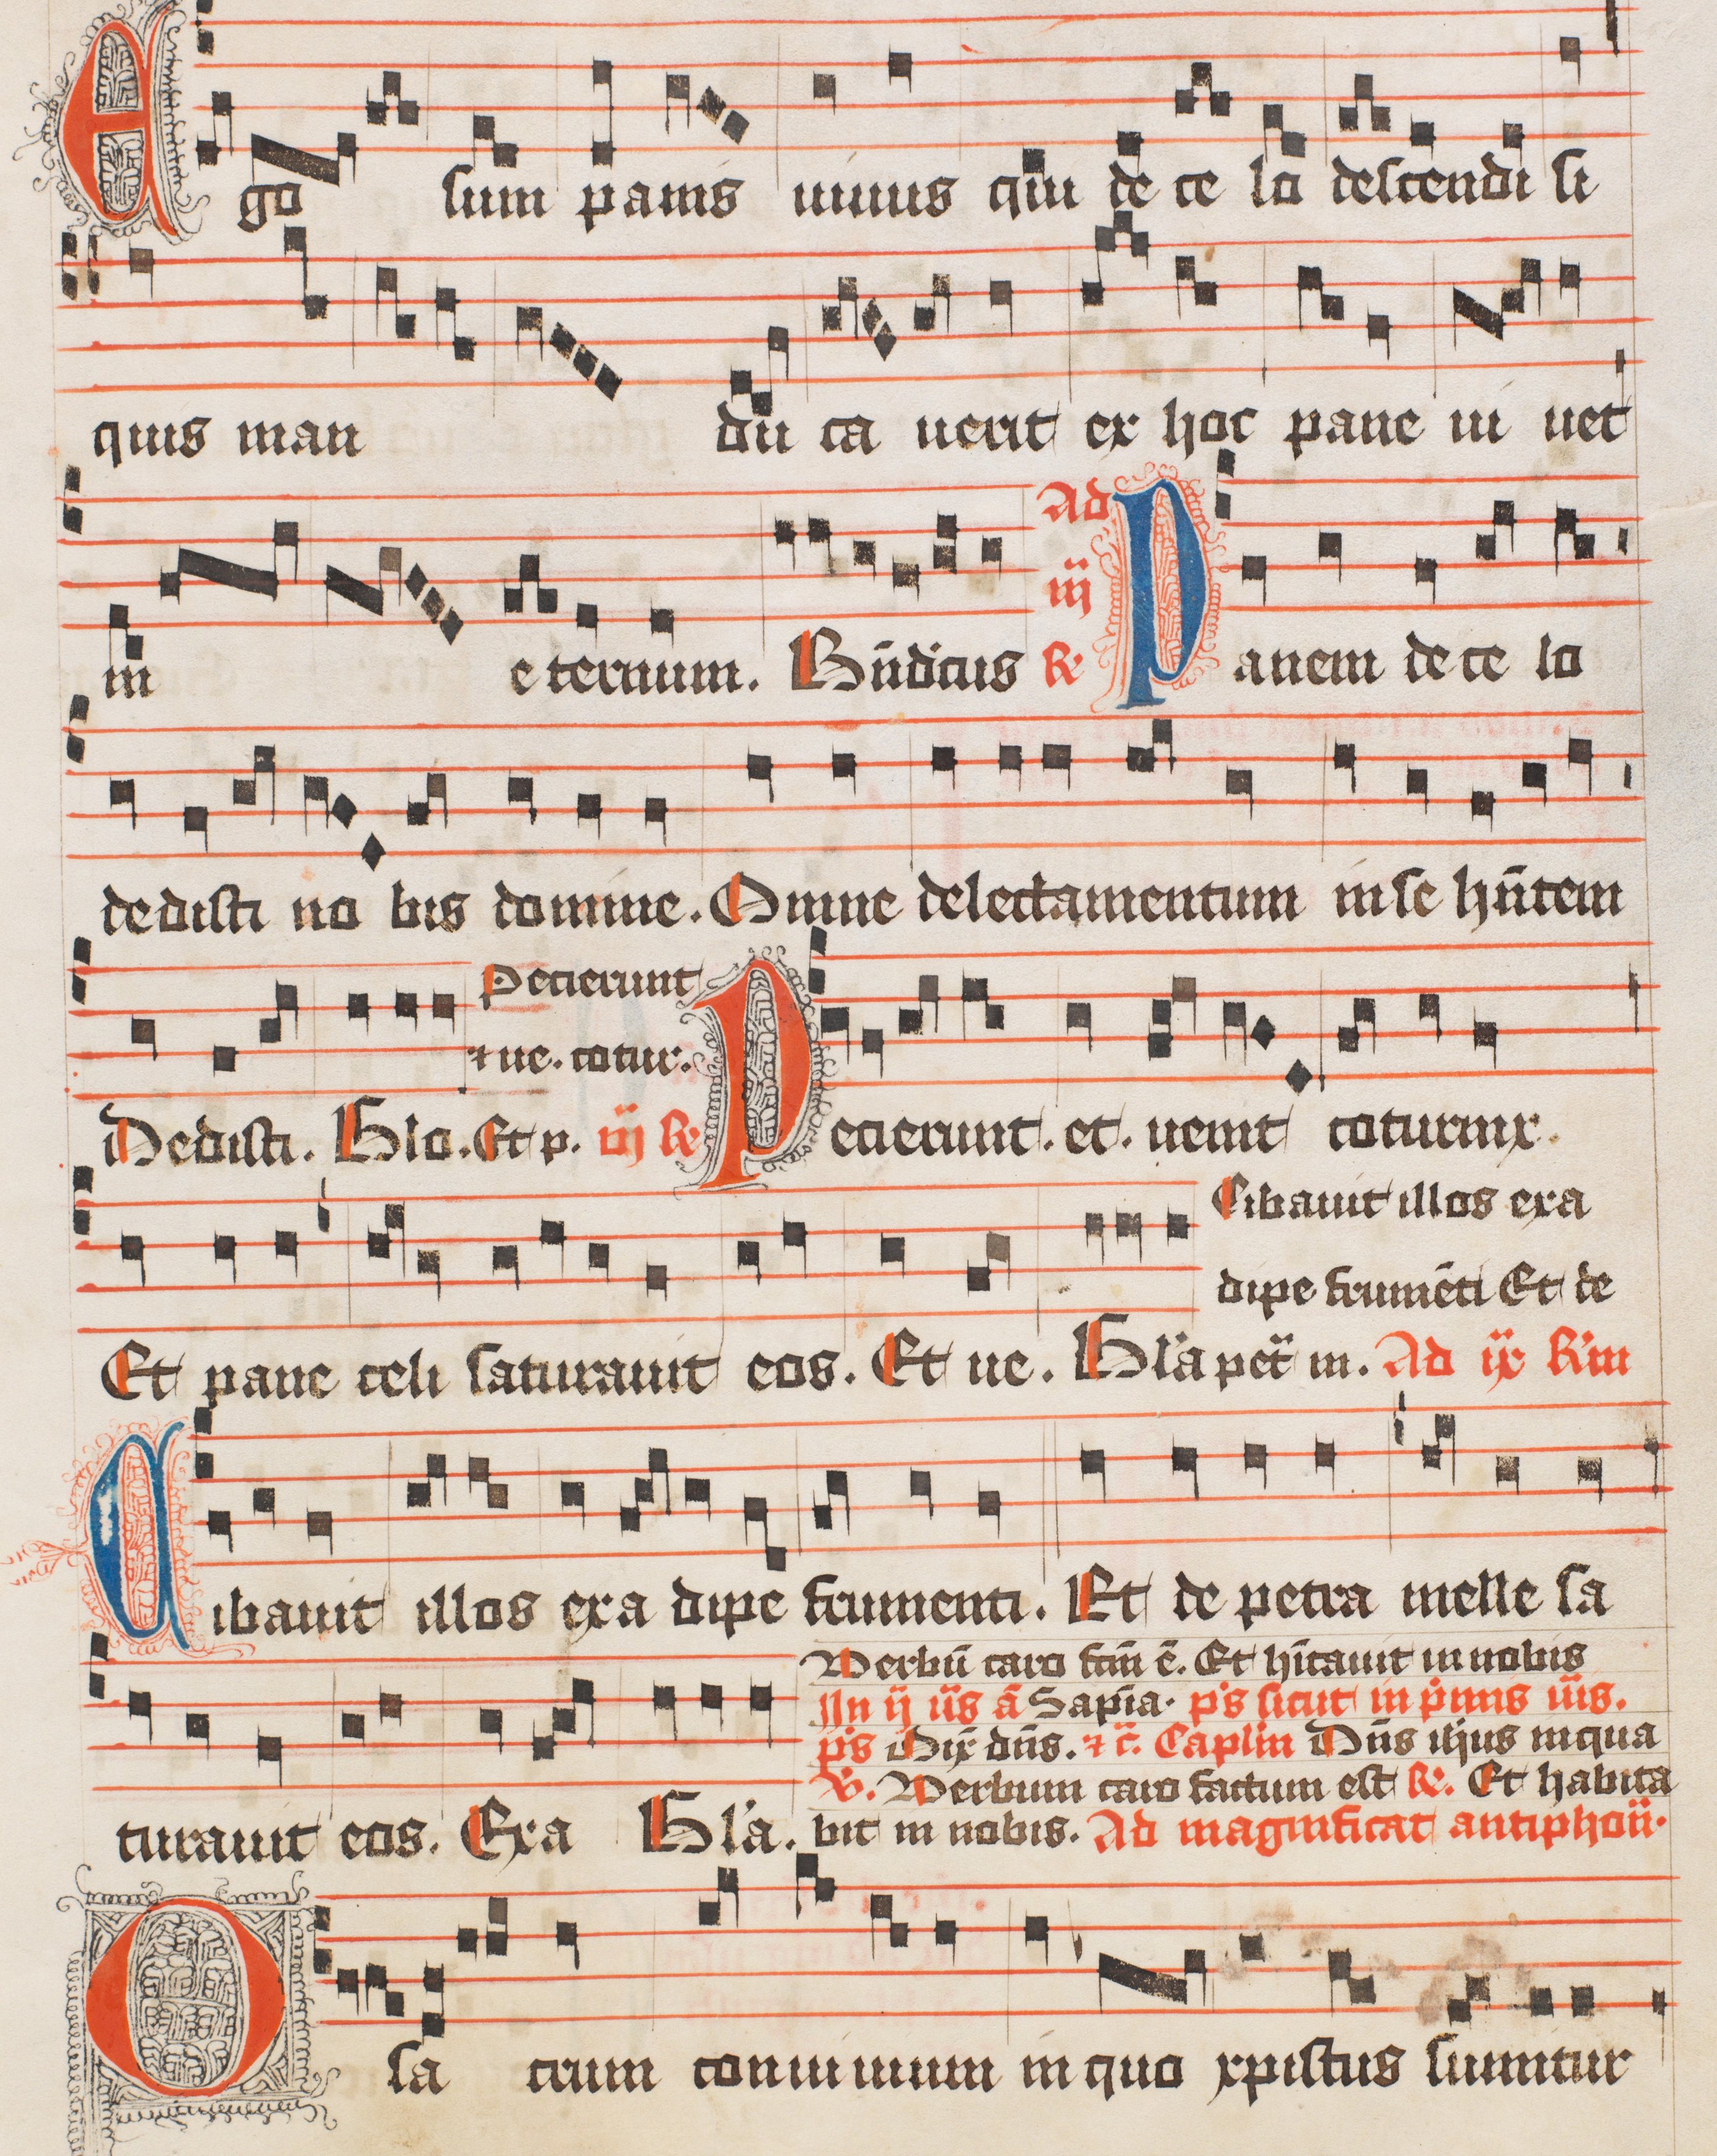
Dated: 1488–1488